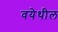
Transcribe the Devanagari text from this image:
वयेथील